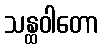
သန္ထဝါတော